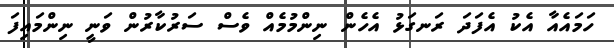
ހަމައެއާ އެކު އެފަދަ ރަނގަޅު އެހެން ނިންމުމެއް ވެސް ސަރުކާރުން ވަނީ ނިންމައިފަ